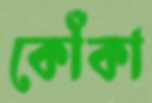
কোঁকা